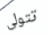
تتولى